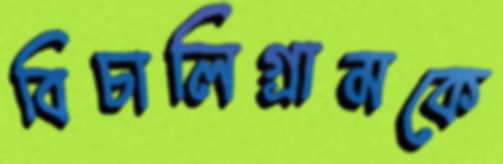
বিচালিগ্রামকে